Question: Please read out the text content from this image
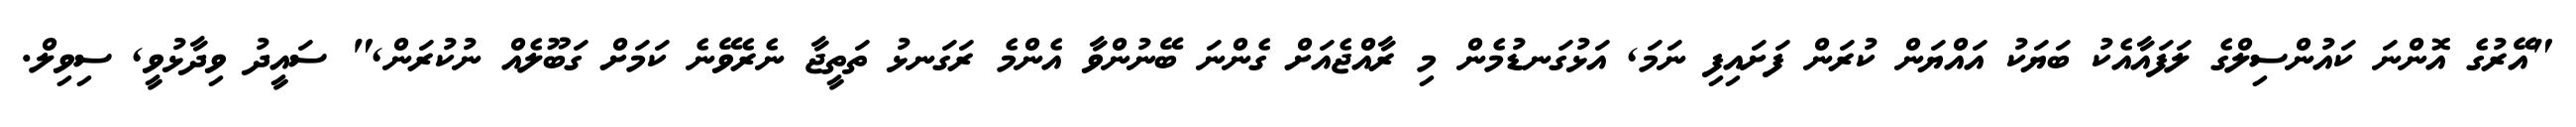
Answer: "އޭރުގެ އޮންނަ ކައުންސިލްގެ ލަފައާއެކު ބަޔަކު އައްޔަން ކުރަން ފަށައިފި ނަމަ, އަޅުގަނޑުމެން މި ރާއްޖެއަށް ގެންނަ ބޭނުންވާ އެންމެ ރަގަނޅު ތަތީޖާ ނެރެވޭނެ ކަމަށް ގަބޫލެއް ނުކުރަން," ސައީދު ވިދާޅުވީ, ސިވިލް.